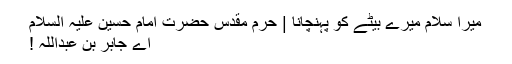
میرا سلام میرے بیٹے کو پہنچانا | حرم مقدس حضرت امام حسین علیہ السلام
اے جابر بن عبداللہ !